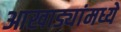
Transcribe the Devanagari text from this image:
आखाड्यांमध्ये